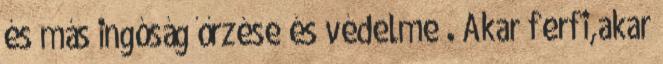
és más ingóság őrzése és védelme . Akar ferfi,akar